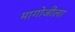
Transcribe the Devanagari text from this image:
मागोजीला